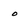
Character: o